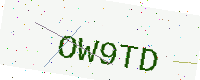
Text: OW9TD